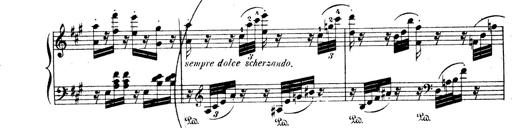
Title: Wagner-Liszt Album
Composer: Franz Liszt